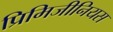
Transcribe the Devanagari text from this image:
प्रिमिजीनियस